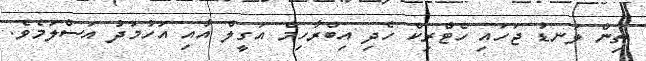
ތިން ލަނޑު ޖަހައި ހެޓްރިކް ހެދި އިބްރާހިމް އަގީލް އާއި އަހުމަދު އަސްލަމެވެ.